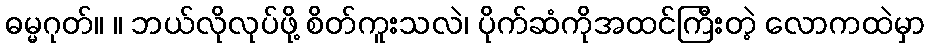
ဓမ္မဂုတ်။ ။ ဘယ်လိုလုပ်ဖို့ စိတ်ကူးသလဲ၊ ပိုက်ဆံကိုအထင်ကြီးတဲ့ လောကထဲမှာ